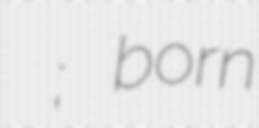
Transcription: רבקה באסמאן; born